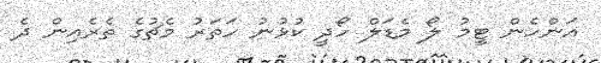
އަންހެން ޓީމު ލޯ މެޑަލް ހޯދީ ކުޅުނު ހަތަރު މެޗުގެ ތެރެއިން ދެ